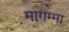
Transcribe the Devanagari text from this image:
मागम्मा